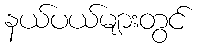
နယ်ပယ်များတွင်